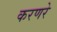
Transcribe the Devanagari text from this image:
करणरे